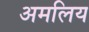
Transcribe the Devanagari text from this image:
अमलिय